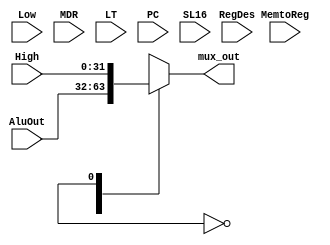
module MuxRegUm(MemtoReg, AluOut, High, Low, MDR, RegDes, LT, PC, SL16, mux_out);

input [3:0] MemtoReg;
input [31:0] AluOut;
input [31:0] High;
input [31:0] Low;
input [31:0] MDR;
input [31:0] RegDes;
input [31:0] LT;
input [31:0] PC;
input [31:0] SL16;
output reg [31:0] mux_out;

always @ (MuxReg1)
begin

case(MuxReg1)
4'd0:mux_out <= AluOut;
4'd1:mux_out <= High;
4'd2:mux_out <= Low;
4'd3:mux_out <= MDR;
4'd4:mux_out <= 32'h227;
4'd5:mux_out <= RegDes;
4'd6:mux_out <= LT;
4'd7:mux_out <= PC;
4'd8:mux_out <= SL16;
endcase

end
endmodule